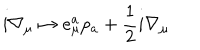
LaTeX: i \nabla _ { \mu } \mapsto e _ { \mu } ^ { a } p _ { a } + \frac { 1 } { 2 } i \nabla _ { \mu }